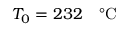
T _ { 0 } = 2 3 2 \textrm { ~ \textdegree C }